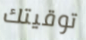
توقيتك